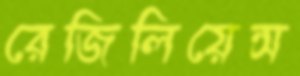
রেজিলিয়েন্স